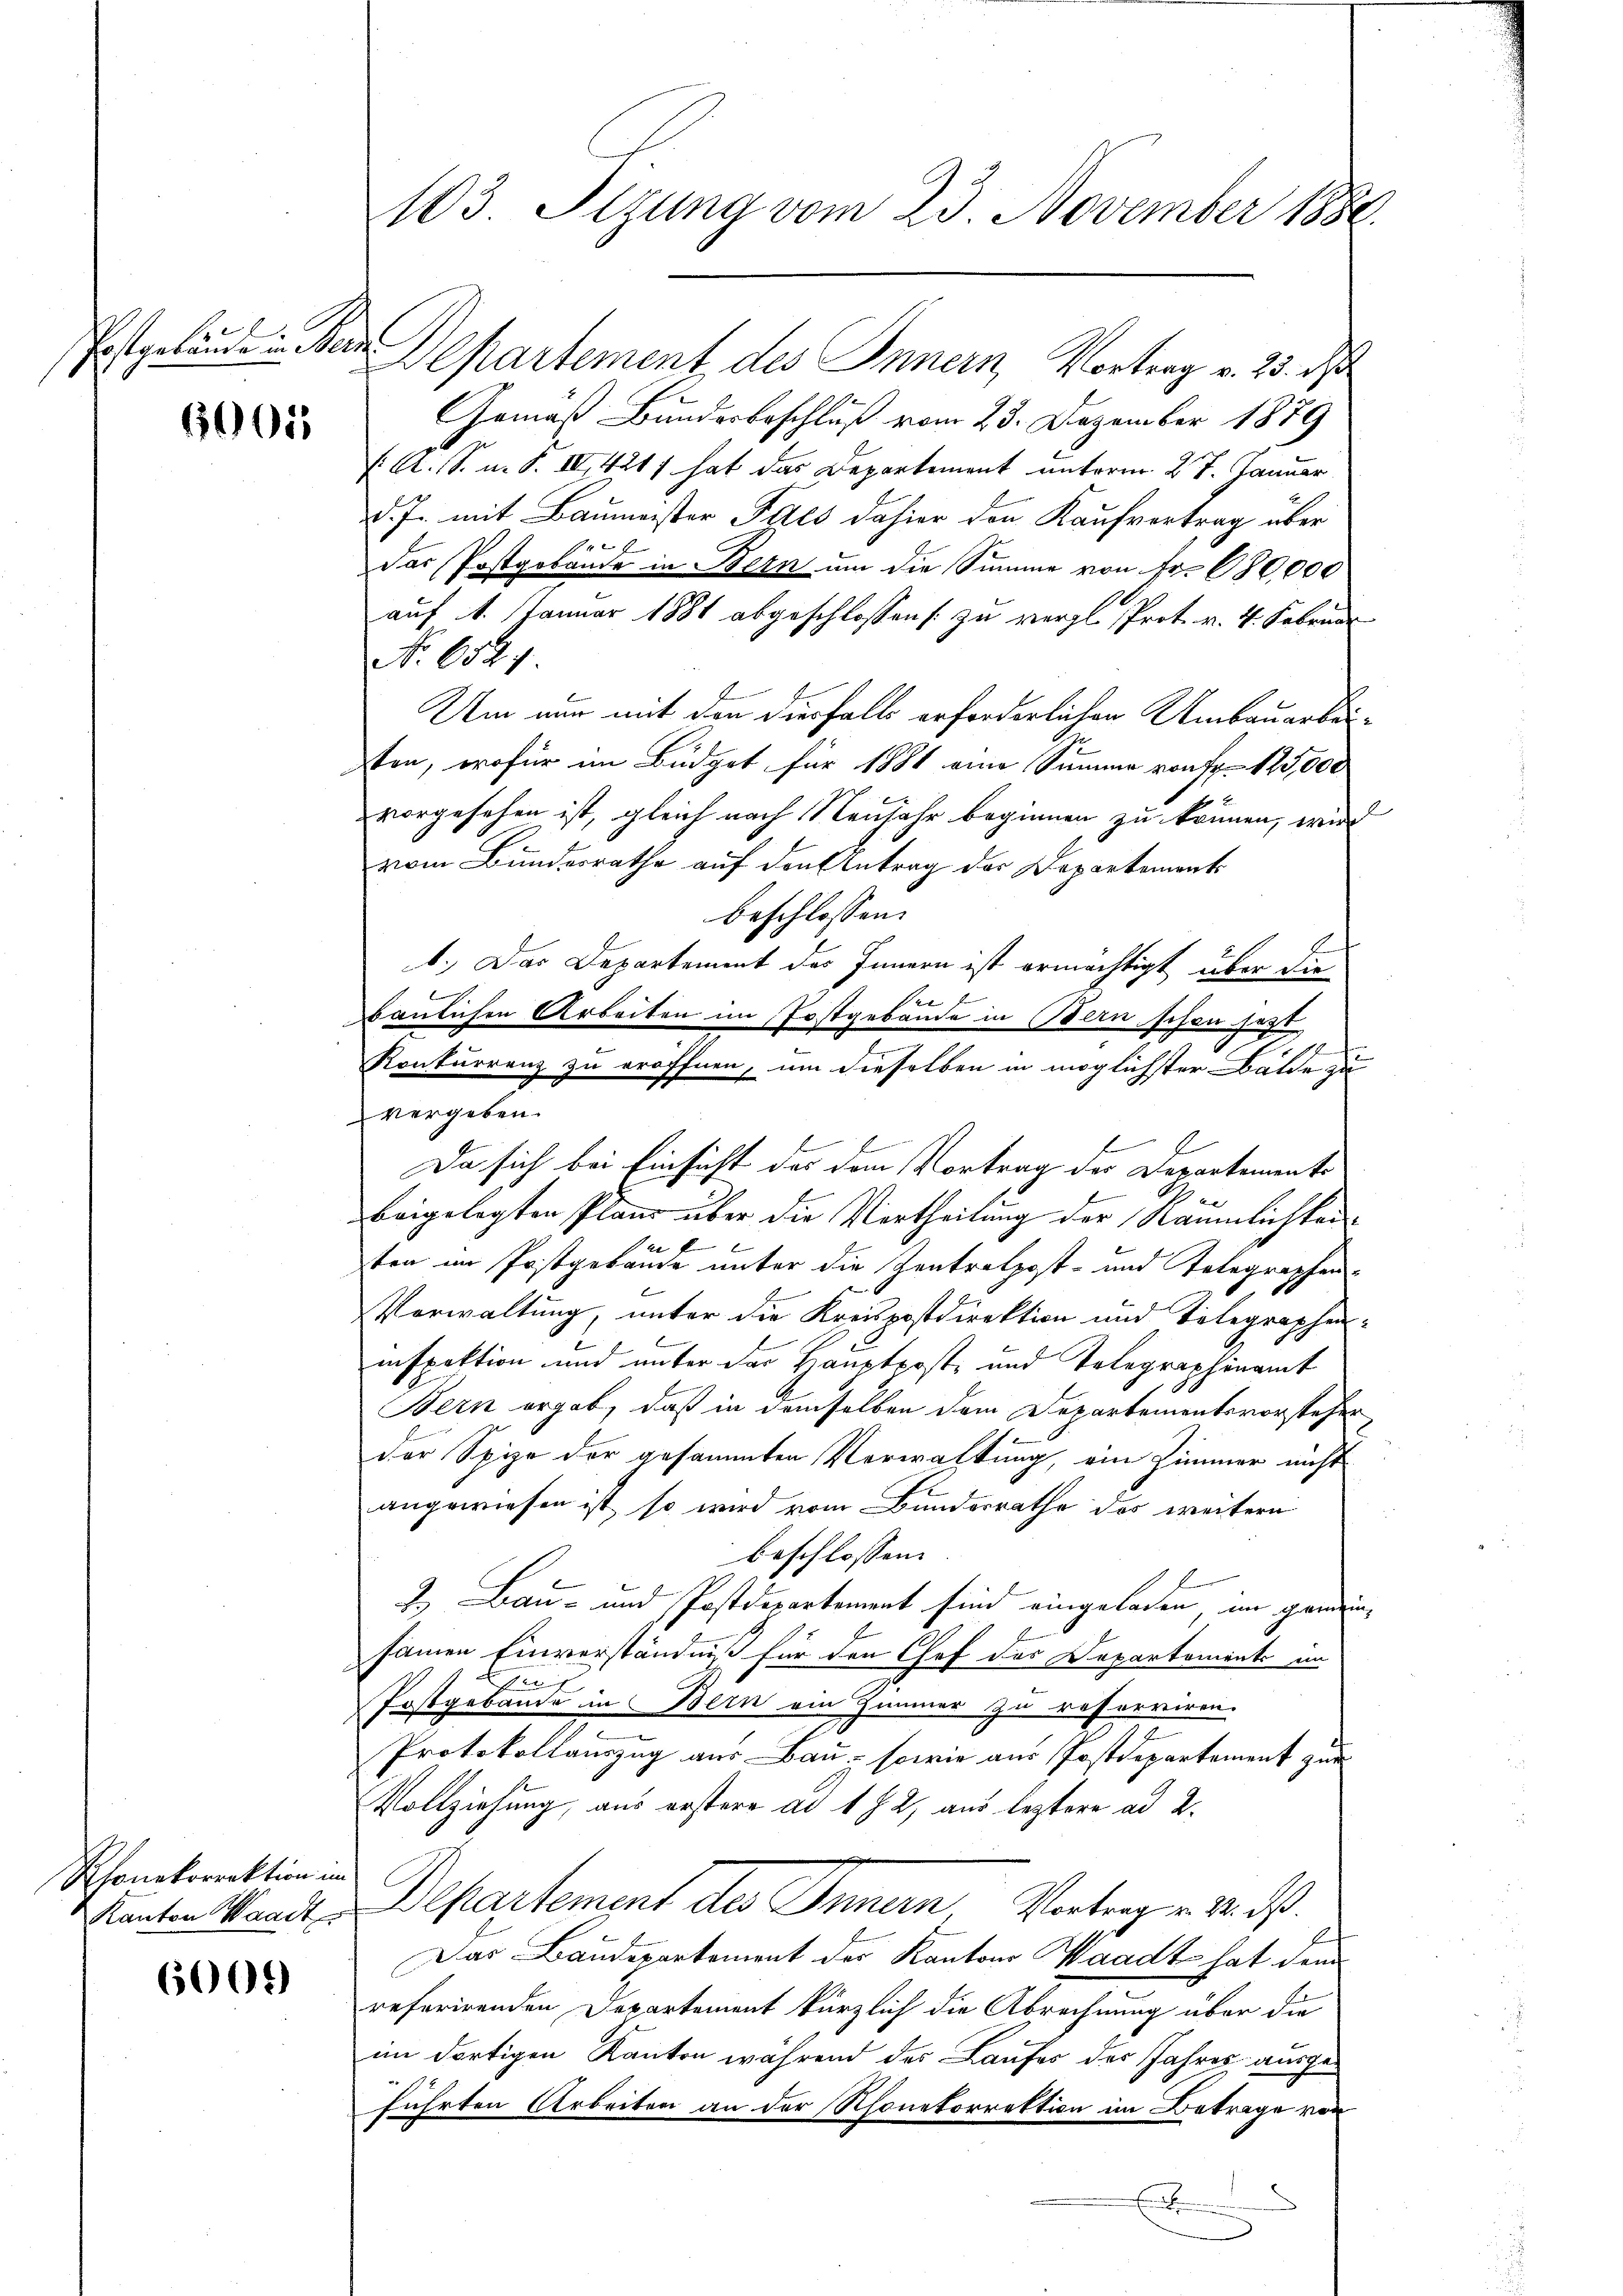
Postgebäude in Han

6001

Rhonekorrektion im
Kanton Waadt

6000

103 Stzung vom 23. November 1888.

Departement des Innern, Vortrag v. 23. d
Gemäß Bundesbeschluß vom 23. Dezember 1879
f. A. S. u. S. IV 421 hat das Departement unterm 27. Januar
d. J. mit Baumeister Falls dahier den Kaufvertrag über
.
E
Das Postgobande in Bern um die Summe von Fr. 680,000
auf 1. Januar 1881 abgeschlossen zu vergl. Prot. v. 4. Februar
No. 652. 4
Um nur mit den diesfalls erforderlichen Umbauerbausten, wofür im Büdget für 1881 eine Summe von Fr. 125,000
vorgesehen ist, gleich nach Neujahr beginnen zu können, wird
vom Bundesrathe auf den Antrag der Departements
beschlossen:
1.) Das Departement des Innern ist ermächtigt über die
b
baulichen Arbeiten im Postgebäude in Bern schon jetzt
Konkurrenz zu eröffnen, um dieselben in möglichster Bälde zu
vergeben.
Da sich bei Einsicht das den Vortrag der Departemente
.
beigelegten Plan über die Vertheilung der Räumlichkeif
ten im Postgebäude unter die Zentrolpost- und Telegraphen-
Vorwaltung, unter die Kreispostdirektion und Telegrapheninspektion und unter der Hauptpost- und Telegraphinamt
Bern ergab, daß in demselben dem Departementsvorsteher
der Spize der gesammten Verwaltung, ein Zimmer nicht
angewiesen ist, so wird vom Bundesrathe des weitern
beschlossen:
2.) Bau- und Postdepartement sind eingeladen im gemein
samen Einverständniß für den Chef des Departements im
Per
Postgebäude in Bern ein Zimmer zu resserviren.
n
Protokollauszug aus Bau- sowie aus Postdepartement zur
Vollziehung, aus erstere ad 1 § 2, aus leztere ad 2.
Departement des Innern, Vertrag v. M. d.
Das Baudepartement der Kantons Waadt hat dem
referirenden Departement kürzlich die Abrechnung über die
im dortigen Kanton während des Laufes des Jahres ausgeführten Arbeiten an der Rhonetorrektion im Betrage von
.